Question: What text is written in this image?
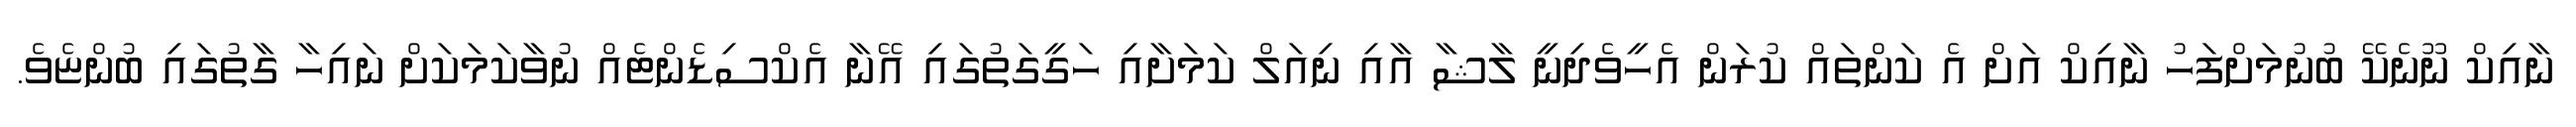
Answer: ނާއިކް ނޫނެކޭ ބުނުމަށްފަހު ނާއިކް އަށް އެ ކަންތައް ކުރަން އެހީވެދިނީ ލާޝާ އާއި ނިއަލް ކަމަށާއި ހަގީގަތުގައި އޭނާ އެކްސިޑެންޓެއް ނުވާކަމަކަށް ނައިހާ ގާތުގައި ބުންޏެވެ.